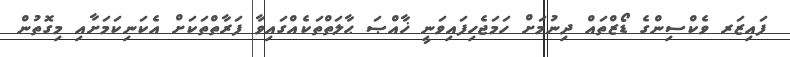
ފައިޒަަރ ވެކްސިންގެ ޑޯޒްތައް ދިނުމަށް ހަމަޖެހިފައިވަނީ ޚާއްޞަ ޙާލަތްތަކެއްގައިވާ ފަރާތްތަކަށް އެކަނިކަމަށާއި މިގޮތުން